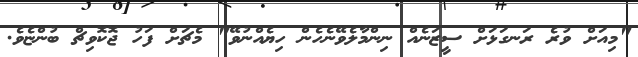
"މިއަށް ވުރެ ރަނގަޅަށް ސީޒަނެއް ނިންމާލެވޭނެހެން ހިޔެއްނުވޭ" މެޗަށް ފަހު ޖޮކޮވިޗް ބުންޏެވެ.